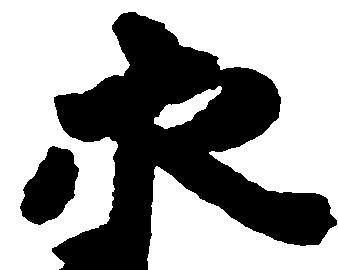
永